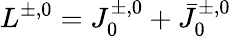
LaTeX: L^{\pm,0}=J_{0}^{\pm,0}+\bar{J}_{0}^{\pm,0}